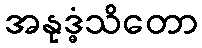
အနုဒ္ဓံသိတော